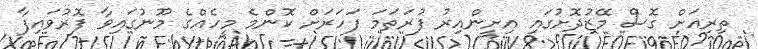
ތިރިއަށް ގޮސް މޭޒުދޮށުގައި އިށީންއިރު ފުރަތަމަ ފަހަރަށް ކޮންމެ މީހެއްގެ މޫނުގައިވާ ފޮރުވައިފާ